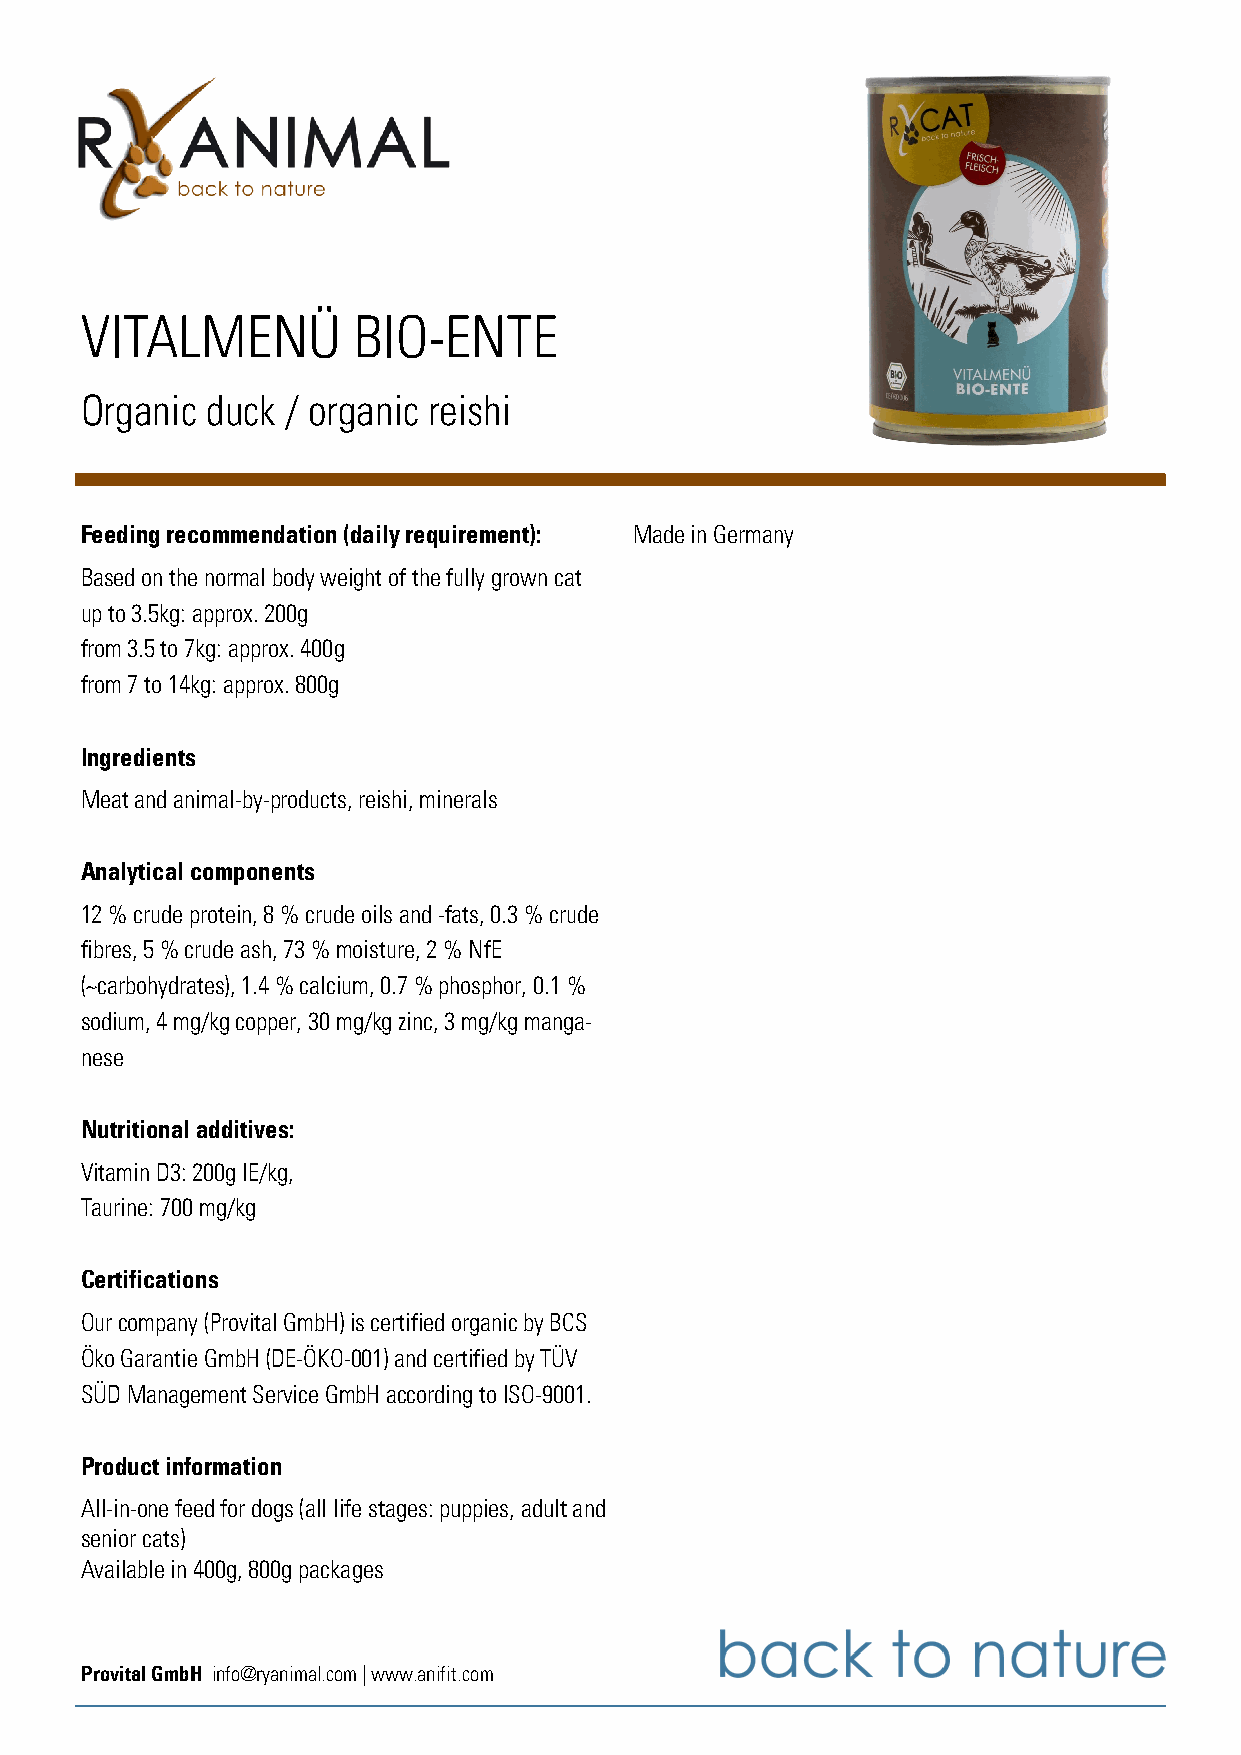
VITALMENÜ         BIO-ENTE
 Organic  duck / organic reishi
 Feeding recommendation (daily requirement): Made in Germany
 Based on the normal body weight of the fully grown cat
 up to 3.5kg: approx. 200g
 from 3.5 to 7kg: approx. 400g
 from 7 to 14kg: approx. 800g
 Ingredients
 Meat and animal-by-products, reishi, minerals
 Analytical components
 12 % crude protein, 8 % crude oils and -fats, 0.3 % crude
 fibres, 5 % crude ash, 73 % moisture, 2 % NfE
 (~carbohydrates), 1.4 % calcium, 0.7 % phosphor, 0.1 %
 sodium, 4 mg/kg copper, 30 mg/kg zinc, 3 mg/kg manga-
 nese
 Nutritional additives:
 Vitamin D3: 200g IE/kg,
 Taurine: 700 mg/kg
 Certifications
 Our company (Provital GmbH) is certified organic by BCS
 Öko Garantie GmbH (DE-ÖKO-001) and certified by TÜV
 SÜD Management Service GmbH according to ISO-9001.
 Product information
 All-in-one feed for dogs (all life stages: puppies, adult and
 senior cats)
 Available in 400g, 800g packages
 Provital GmbH info@ryanimal.com | www.anifit.com